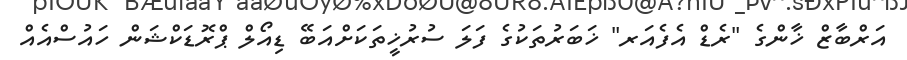
އަރްބާޒް ޚާންގެ "ރެޑް އެފެއަރ" ޚަބަރުތަކުގެ ފަލަ ސުރުޚީތަކަށްއަބޭ ޑިއޯލް ޕްރޮޑަކްޝަން ހައުސްއެއް